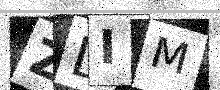
Text: ZDIM